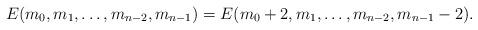
LaTeX: \begin{align*}E(m_0,m_1,\ldots,m_{n-2},m_{n-1})=E(m_0+2,m_1,\ldots,m_{n-2},m_{n-1}-2).\end{align*}